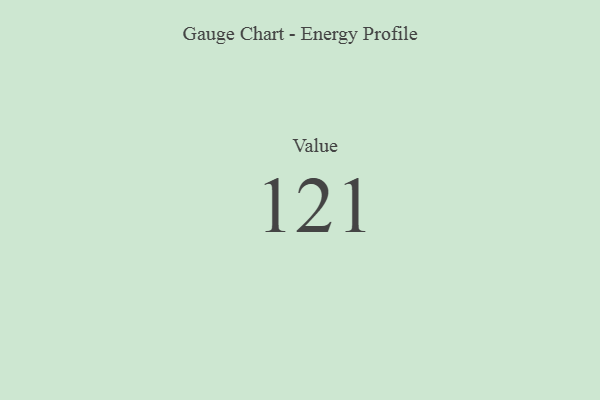
{"axis": {"x": "Metric", "y": "Value"}, "legend": [""], "data": [{"x": "Value", "y": 121, "type": ""}]}